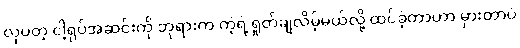
လှပတဲ့ ငါ့ရုပ်အဆင်းကို ဘုရားက ကဲ့ရဲ့ရှုတ်ချလိမ့်မယ်လို့ ထင်ခဲ့တာဟာ မှားတာပဲ